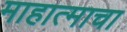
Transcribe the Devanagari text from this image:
माहात्माचा